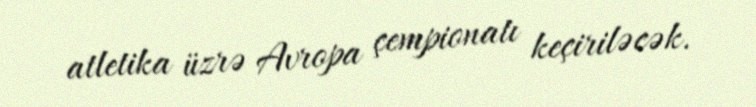
atletika üzrə Avropa çempionatı keçiriləcək.